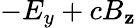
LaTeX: -E_{y}+cB_{\mathbf{z}}